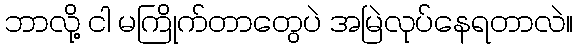
ဘာလို့ ငါ မကြိုက်တာတွေပဲ အမြဲလုပ်နေရတာလဲ။